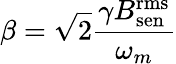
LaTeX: \beta=\sqrt{2}\frac{\gamma B_{\mathrm{sen}}^{\mathrm{rms}}}{\omega_{m}}